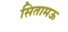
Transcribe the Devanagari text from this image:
सितामऊ